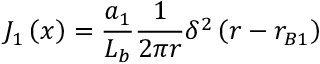
J _ { 1 } \left( x \right) = { \frac { a _ { 1 } } { L _ { b } } } { \frac { 1 } { 2 \pi r } } \delta ^ { 2 } \left( r - r _ { B 1 } \right)